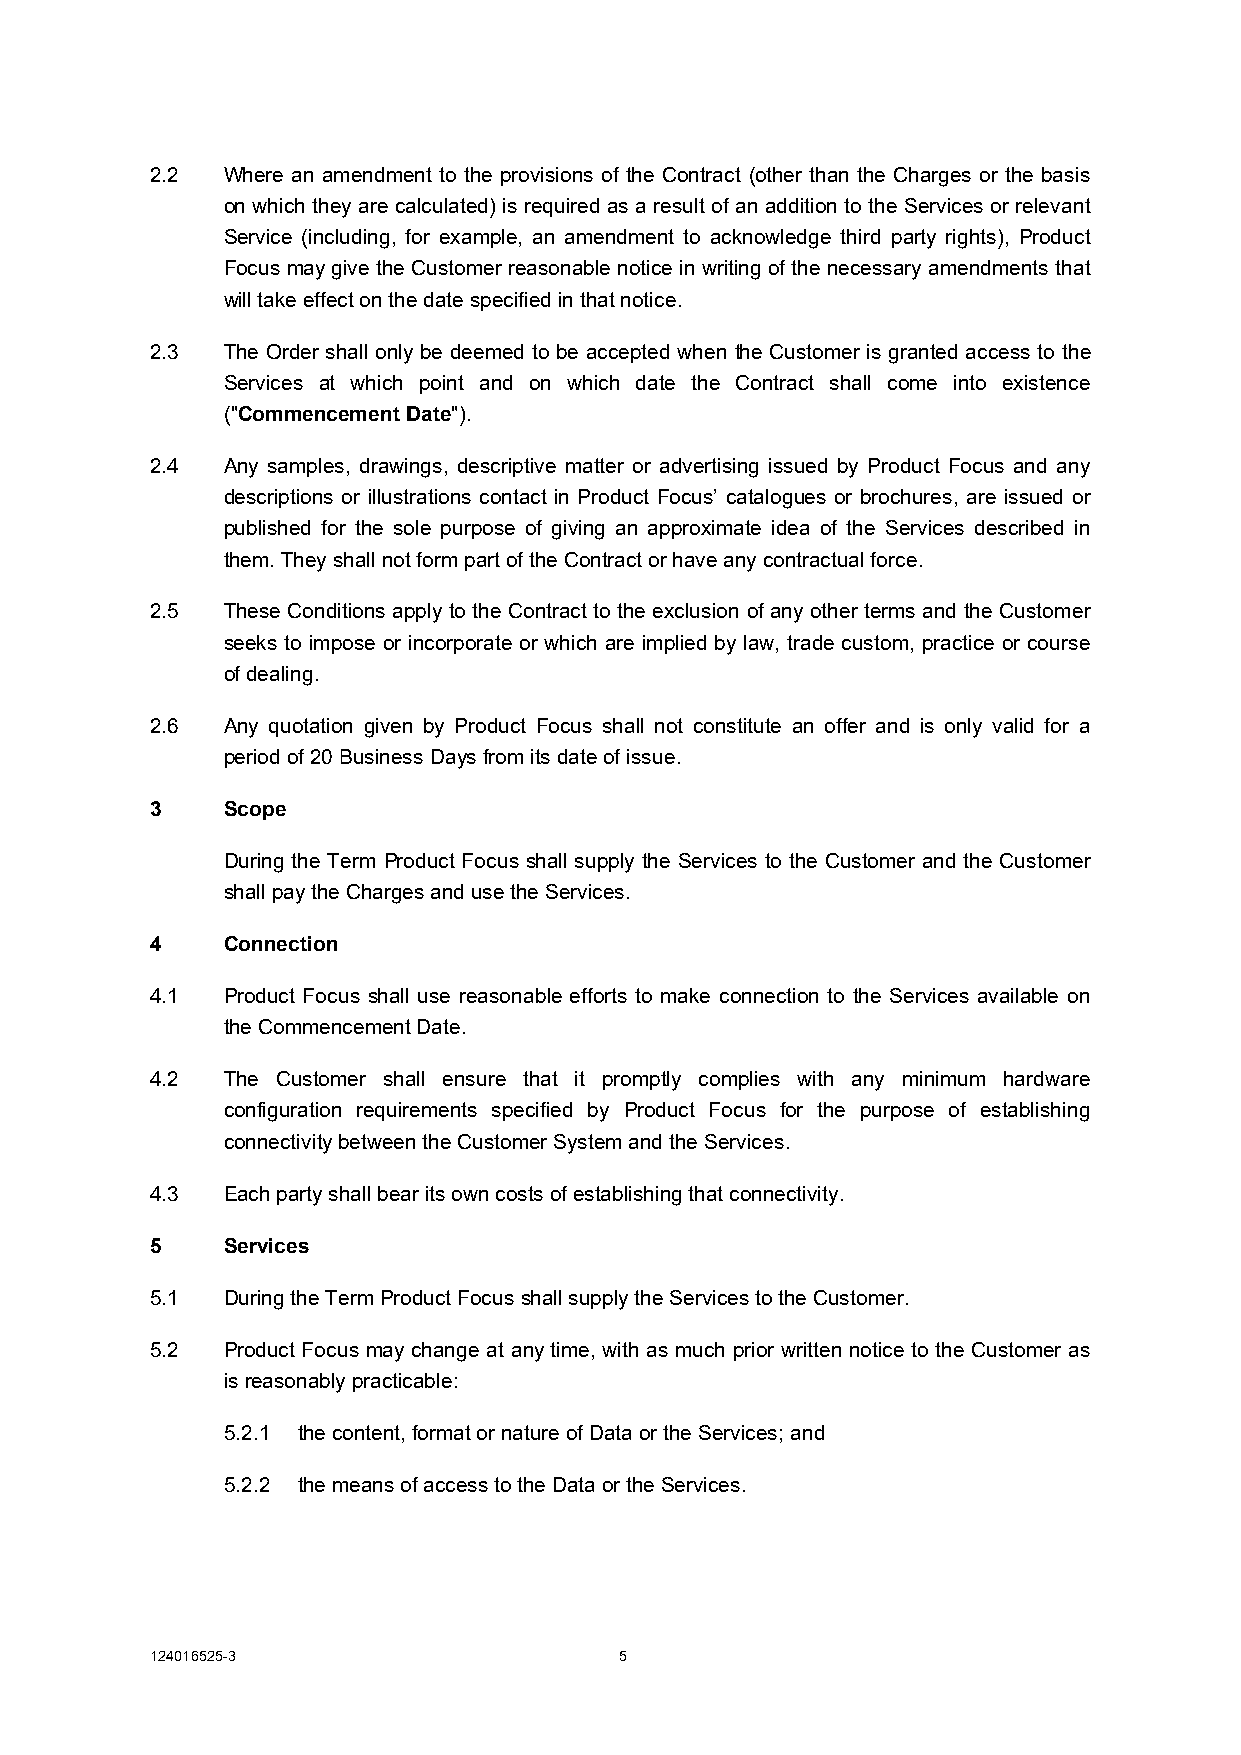
2.2  Where an amendment to the provisions of the Contract (other than the Charges or the basis
 on which they are calculated) is required as a result of an addition to the Services or relevant
 Service (including, for example, an amendment to acknowledge third party rights), Product
 Focus may give the Customer reasonable notice in writing of the necessary amendments that
 will take effect on the date specified in that notice.
 2.3  The Order shall only be deemed to be accepted when the Customer is granted access to the
 Services at which point and on which date the Contract shall come into existence
 ("Commencement Date").
 2.4  Any samples, drawings, descriptive matter or advertising issued by Product Focus and any
 descriptions or illustrations contact in Product Focus’ catalogues or brochures, are issued or
 published for the sole purpose of giving an approximate idea of the Services described in
 them. They shall not form part of the Contract or have any contractual force.
 2.5  These Conditions apply to the Contract to the exclusion of any other terms and the Customer
 seeks to impose or incorporate or which are implied by law, trade custom, practice or course
 of dealing.
 2.6  Any quotation given by Product Focus shall not constitute an offer and is only valid for a
 period of 20 Business Days from its date of issue.
 3    Scope
 During the Term Product Focus shall supply the Services to the Customer and the Customer
 shall pay the Charges and use the Services.
 4    Connection
 4.1  Product Focus shall use reasonable efforts to make connection to the Services available on
 the Commencement Date.
 4.2  The Customer shall ensure that it promptly complies with any minimum hardware
 configuration requirements specified by Product Focus for the purpose of establishing
 connectivity between the Customer System and the Services.
 4.3  Each party shall bear its own costs of establishing that connectivity.
 5    Services
 5.1  During the Term Product Focus shall supply the Services to the Customer.
 5.2  Product Focus may change at any time, with as much prior written notice to the Customer as
 is reasonably practicable:
 5.2.1 the content, format or nature of Data or the Services; and
 5.2.2 the means of access to the Data or the Services.
 124016525-3                    5